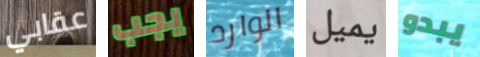
عقابي يجب الوارد يميل يبدو